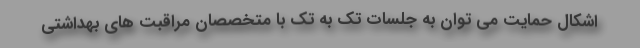
اشکال حمایت می توان به جلسات تک به تک با متخصصان مراقبت های بهداشتی